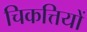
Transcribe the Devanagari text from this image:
चिकत्तियों